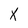
Character: X